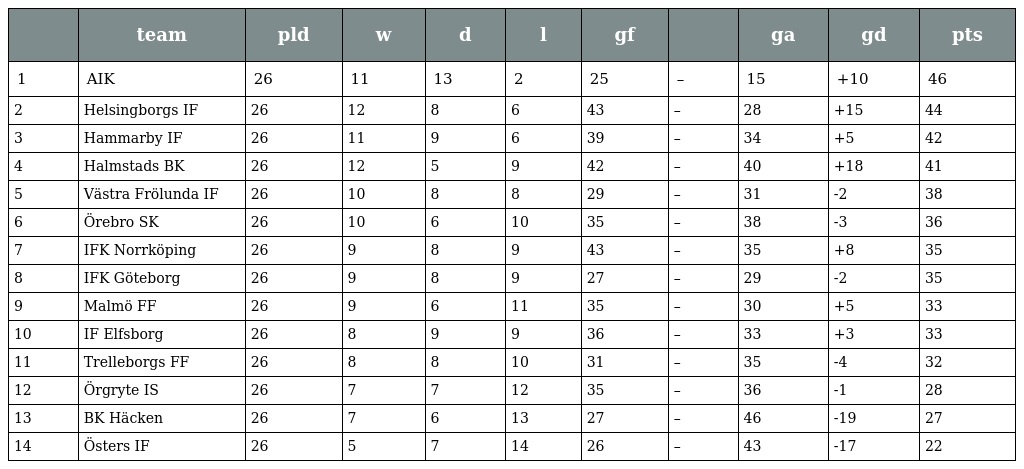
|  | team | pld | w | d | l | gf |  | ga | gd | pts |
 | --- | --- | --- | --- | --- | --- | --- | --- | --- | --- | --- |
 | 1 | AIK | 26 | 11 | 13 | 2 | 25 | – | 15 | +10 | 46 |
 | 2 | Helsingborgs IF | 26 | 12 | 8 | 6 | 43 | – | 28 | +15 | 44 |
 | 3 | Hammarby IF | 26 | 11 | 9 | 6 | 39 | – | 34 | +5 | 42 |
 | 4 | Halmstads BK | 26 | 12 | 5 | 9 | 42 | – | 40 | +18 | 41 |
 | 5 | Västra Frölunda IF | 26 | 10 | 8 | 8 | 29 | – | 31 | -2 | 38 |
 | 6 | Örebro SK | 26 | 10 | 6 | 10 | 35 | – | 38 | -3 | 36 |
 | 7 | IFK Norrköping | 26 | 9 | 8 | 9 | 43 | – | 35 | +8 | 35 |
 | 8 | IFK Göteborg | 26 | 9 | 8 | 9 | 27 | – | 29 | -2 | 35 |
 | 9 | Malmö FF | 26 | 9 | 6 | 11 | 35 | – | 30 | +5 | 33 |
 | 10 | IF Elfsborg | 26 | 8 | 9 | 9 | 36 | – | 33 | +3 | 33 |
 | 11 | Trelleborgs FF | 26 | 8 | 8 | 10 | 31 | – | 35 | -4 | 32 |
 | 12 | Örgryte IS | 26 | 7 | 7 | 12 | 35 | – | 36 | -1 | 28 |
 | 13 | BK Häcken | 26 | 7 | 6 | 13 | 27 | – | 46 | -19 | 27 |
 | 14 | Östers IF | 26 | 5 | 7 | 14 | 26 | – | 43 | -17 | 22 |